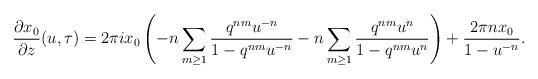
LaTeX: \begin{align*}\frac{\partial x_0}{\partial z}(u,\tau)=2\pi i x_0\left( - n \sum_{m \geq 1} \frac{q^{nm}u^{-n}}{1-q^{nm}u^{-n}}-n \sum_{m \geq 1} \frac{q^{nm}u^{n}}{1-q^{nm}u^{n}}\right) +\frac{ 2 \pi n x_0}{1-u^{-n}}.\end{align*}